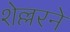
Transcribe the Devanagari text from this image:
शेल्लरने